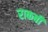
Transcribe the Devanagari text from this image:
राकबी